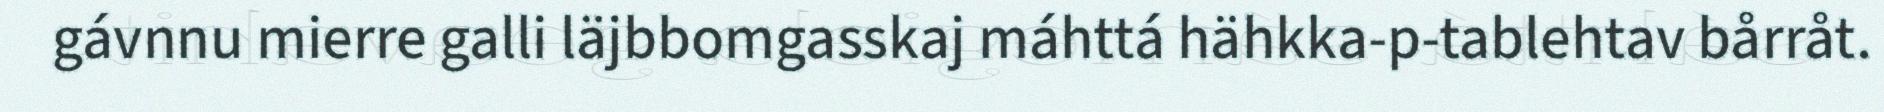
gávnnu mierre galli läjbbomgasskaj máhttá hähkka-p-tablehtav bårråt.